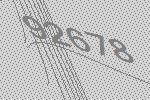
92678